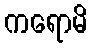
ကရောမိ